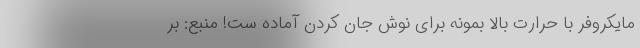
مایکروفر با حرارت بالا بمونه برای نوش جان کردن آماده ست! منبع: بر